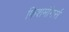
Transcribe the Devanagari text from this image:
फिशमॉंगर्स